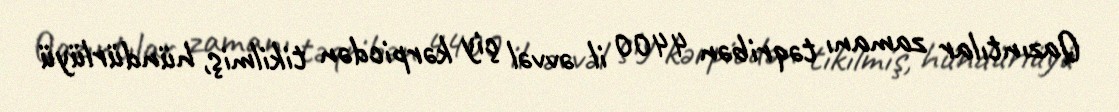
Qazıntılar zamanı təqribən 4400 il əvvəl çiy kərpicdən tikilmiş, hündürlüyü